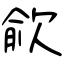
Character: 歈